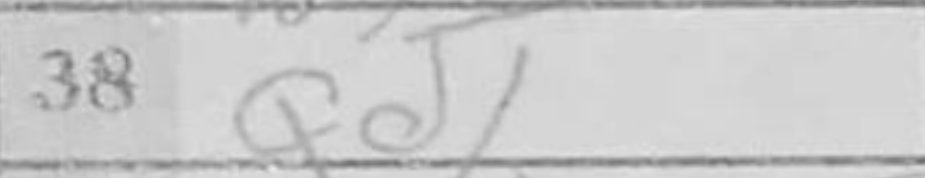
Transcription: Qd1